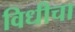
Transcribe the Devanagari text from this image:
विधीचा